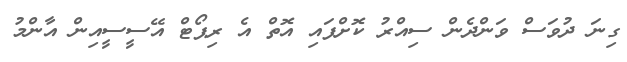
ގިނަ ދުވަސް ވަންދެން ސިއްރު ކޮށްފައި އޮތް އެ ރިޕޯޓް އޭސީސީއިން އާންމު